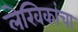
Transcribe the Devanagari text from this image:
लेखिकांचा